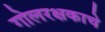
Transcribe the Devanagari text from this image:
गोलरक्षकाचे